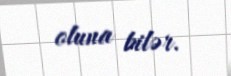
oluna bilər.